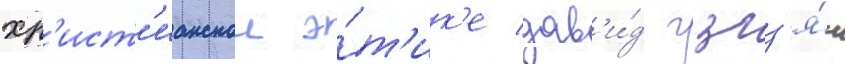
хр'ист'ианскои э́т'ик'е дав'и́д гзгз'я́н